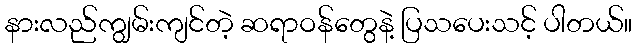
နားလည်ကျွမ်းကျင်တဲ့ ဆရာဝန်တွေနဲ့ ပြသပေးသင့် ပါတယ်။